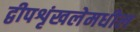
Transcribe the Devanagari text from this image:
द्वीपशृंखलेमधील